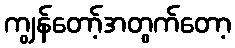
ကျွန်တော့်အတွက်တော့